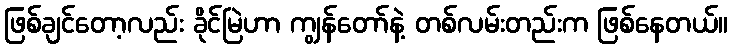
ဖြစ်ချင်တော့လည်း ခိုင်မြဲဟာ ကျွန်တော်နဲ့ တစ်လမ်းတည်းက ဖြစ်နေတယ်။